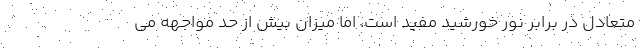
متعادل در برابر نور خورشید مفید است، اما میزان بیش از حد مواجهه می